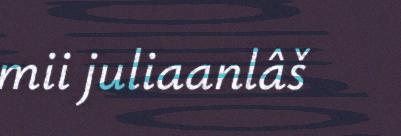
mii juliaanlâš